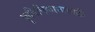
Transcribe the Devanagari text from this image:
कॄषिविकासासाठी